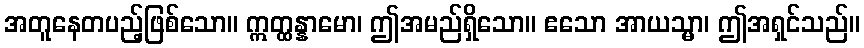
အတူနေတပည့်ဖြစ်သော။ ဣတ္ထန္နာမော၊ ဤအမည်ရှိသော။ ဧသော အာယသ္မာ၊ ဤအရှင်သည်။